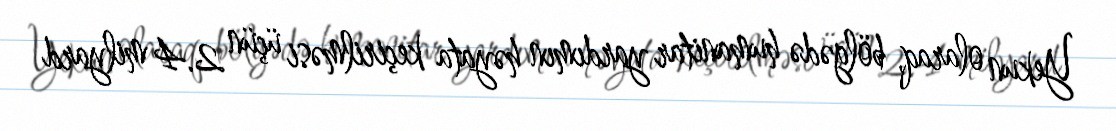
Yekun olaraq, bölgədə humanitar yardımın həyata keçirilməsi üçün 2.4 milyard